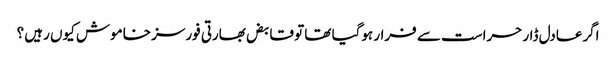
اگرعادل ڈار حراست سے فرار ہوگیا تھا تو قابض بھارتی فورسز خاموش کیوں رہیں ؟